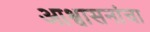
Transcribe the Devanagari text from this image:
आश्वासनांचा